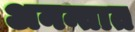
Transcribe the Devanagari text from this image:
अनन्तात